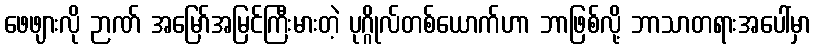
ဖေဖျားလို ဉာဏ် အမြော်အမြင်ကြီးမားတဲ့ ပုဂ္ဂိုလ်တစ်ယောက်ဟာ ဘာဖြစ်လို့ ဘာသာတရားအပေါ်မှာ